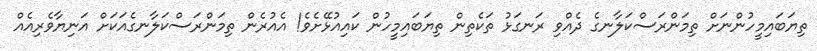
ތިޔަބައިމީހުންނަށް ތިމަންރަސްކަލާނގެ ދެއްވި ރަނގަޅު ތަކެތިން ތިޔަބައިމީހުން ކައިއުޅޭށެވެ! އެއުރެން ތިމަންރަސްކަލާނގެއަކަށް އަނިޔާވެރިއެއް